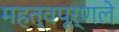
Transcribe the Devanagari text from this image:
महत्वपूर्णले